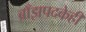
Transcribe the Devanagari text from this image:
ब्राँझपदकेही